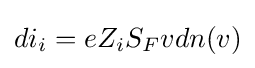
di_{i}=eZ_{i}S_{F}vdn(v)